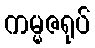
ကမ္မဇရုပ်